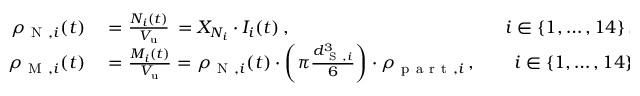
\begin{array} { r l } { \rho _ { \mathrm { ~ N ~ } , i } ( t ) } & { { } = \frac { N _ { i } ( t ) } { V _ { \mathrm { u } } } \, = X _ { N _ { i } } \cdot I _ { i } ( t ) \, , \phantom { \rho _ { \mathrm { ~ N ~ } , i } ( t ) \cdot \rho _ { \mathrm { ~ p ~ a ~ r ~ t ~ } , i } \cdot } \qquad i \in \{ 1 , \dots , 1 4 \} \, , } \\ { \rho _ { \mathrm { ~ M ~ } , i } ( t ) } & { { } = \frac { M _ { i } ( t ) } { V _ { \mathrm { u } } } = \rho _ { \mathrm { ~ N ~ } , i } ( t ) \cdot \left( \pi \frac { d _ { \mathrm { ~ S ~ } , i } ^ { 3 } } { 6 } \right) \cdot \rho _ { \mathrm { ~ p ~ a ~ r ~ t ~ } , i } \, , \qquad i \in \{ 1 , \dots , 1 4 \} \, . } \end{array}